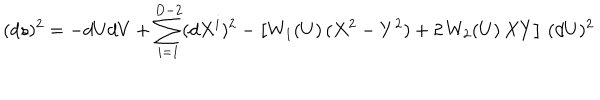
( d s ) ^ { 2 } = - d U d V + \sum _ { i = 1 } ^ { D - 2 } ( d X ^ { i } ) ^ { 2 } - \left[ W _ { 1 } ( U ) \, ( X ^ { 2 } - Y ^ { 2 } ) + 2 \, W _ { 2 } ( U ) \, X Y \right] \, ( d U ) ^ { 2 }